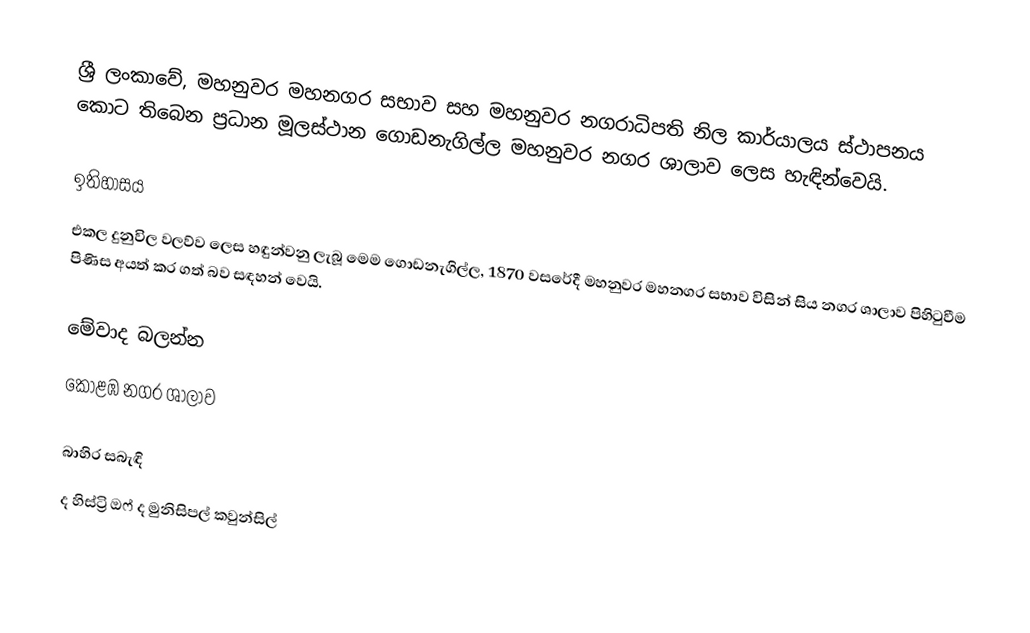
ශ්‍රී ලංකාවේ, මහනුවර මහනගර සභාව සහ මහනුවර නගරාධිපති නිල කාර්යාලය ස්ථාපනය කොට තිබෙන ප්‍රධාන මූලස්ථාන ගොඩනැගිල්ල මහනුවර නගර ශාලාව ලෙස හැඳින්වෙයි.

ඉතිහාසය
එකල දුනුවිල වලව්ව ලෙස හඳුන්වනු ලැබූ මෙම ගොඩනැගිල්ල, 1870 වසරේදී මහනුවර මහනගර සභාව විසින් සිය නගර ශාලාව පිහිටුවීම පිණිස අයත් කර ගත් බව සඳහන් වෙයි.

මේවාද බලන්න
කොළඹ නගර ශාලාව

බාහිර සබැඳි
ද හිස්ට්‍රි ඔෆ් ද මුනිසිපල් කවුන්සිල්